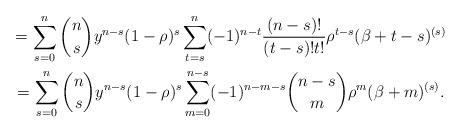
\begin{gather*}=\sum_{s=0}^{n}\binom{n}{s}y^{n-s}(1-\rho )^{s}\sum_{t=s}^{n}(-1)^{n-t}\frac{(n-s)!}{(t-s)!t!}\rho ^{t-s}(\beta +t-s)^{(s)} \\=\sum_{s=0}^{n}\binom{n}{s}y^{n-s}(1-\rho )^{s}\sum_{m=0}^{n-s}(-1)^{n-m-s}\binom{n-s}{m}\rho ^{m}(\beta +m)^{(s)}.\end{gather*}